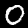
Digit: 0